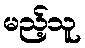
မည့်သူ